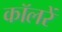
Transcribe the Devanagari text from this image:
कॉलरें